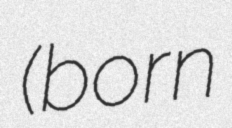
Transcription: (born